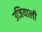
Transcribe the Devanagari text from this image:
उजियाली